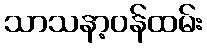
သာသနာ့ဝန်ထမ်း